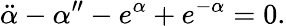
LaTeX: \ddot{\alpha}-\alpha^{\prime\prime}-e^{\alpha}+e^{-\alpha}=0.